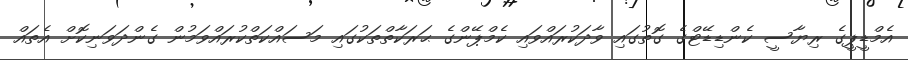
އެމްޑީޕީގެ ރިޔާސީ ކެންޑިޑޭޓްގެ ގޮތުގައި ވާދަކުރައްވައި ކެމްޕޭންގެ ޙަރަކާތްތަކުގައި މަސައްކަތްކުރައްވަމުން ގެންދަވަނިކޮށް އެތައް